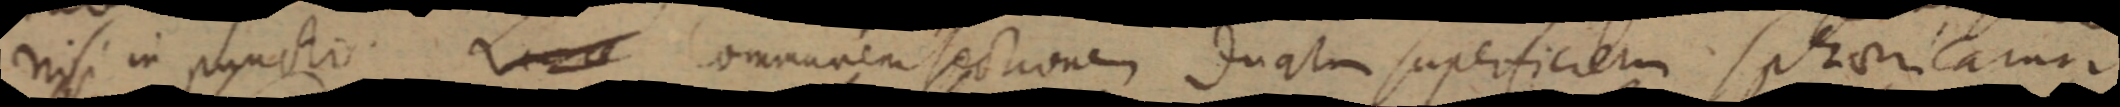
nisi in puncti. communem sectionem duatum superficiem spharitarur